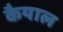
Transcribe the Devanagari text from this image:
कैयाल